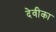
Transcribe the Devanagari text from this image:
देवीका